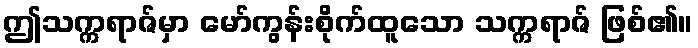
ဤသက္ကရာဇ်မှာ မော်ကွန်းစိုက်ထူသော သက္ကရာဇ် ဖြစ်၏။